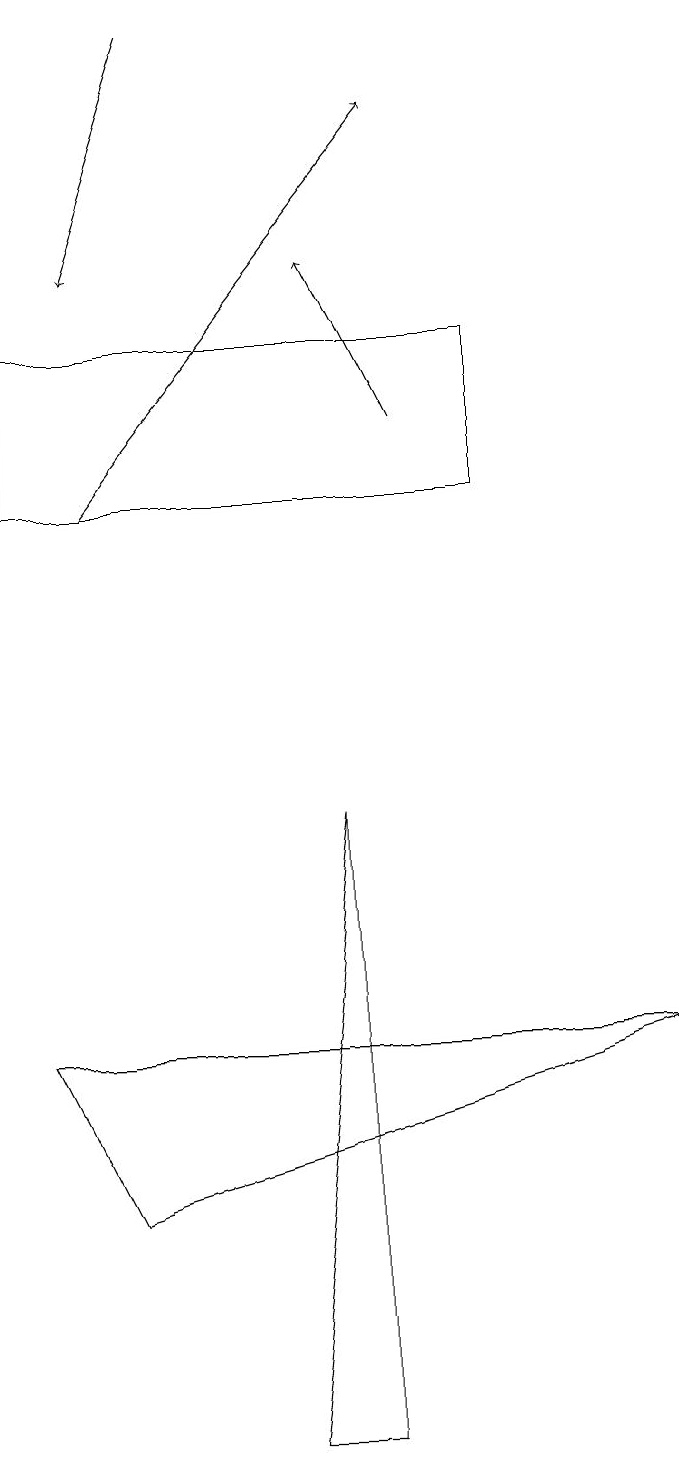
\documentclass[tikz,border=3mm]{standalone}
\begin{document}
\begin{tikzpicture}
\draw[->] (2,12) -- (6,17);
\draw[->] (3,18) -- (2,15);
\draw (9,5) -- (1,5) -- (2,3) -- cycle;
\draw (4,0) -- (5,8) -- (5,0) -- cycle;
\draw (1,14) rectangle (7,12);
\draw[->] (6,13) -- (5,15);
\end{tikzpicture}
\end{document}